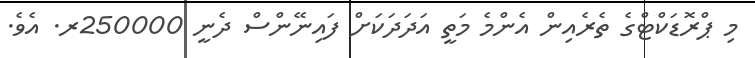
މި ޕްރޮޑަކްޓްގެ ތެރެއިން އެންމެ މަތީ އަދަދަކަށް ފައިނޭންސް ދެނީ 250000ރ. އެވެ.